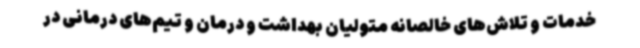
خدمات و تلاش‌های خالصانه متولیان بهداشت و درمان و تیم‌های درمانی در